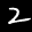
Label: 2